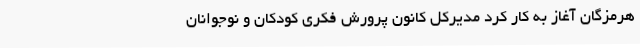
هرمزگان آغاز به کار کرد مدیرکل کانون پرورش فکری کودکان و نوجوانان